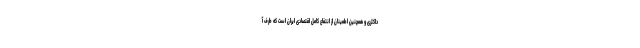
داکثری و همچنین اطمینان از انتفاع کامل اقتصادی ایران است که طرف آ